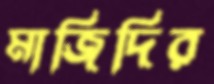
মাজিদির